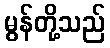
မွန်တို့သည်